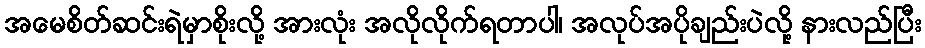
အမေစိတ်ဆင်းရဲမှာစိုးလို့ အားလုံး အလိုလိုက်ရတာပါ၊ အလုပ်အပိုချည်းပဲလို့ နားလည်ပြီး